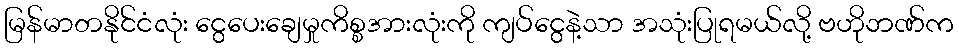
မြန်မာတနိုင်ငံလုံး ငွေပေးချေမှုကိစ္စအားလုံးကို ကျပ်ငွေနဲ့သာ အသုံးပြုရမယ်လို့ ဗဟိုဘဏ်က